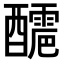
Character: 𨣬